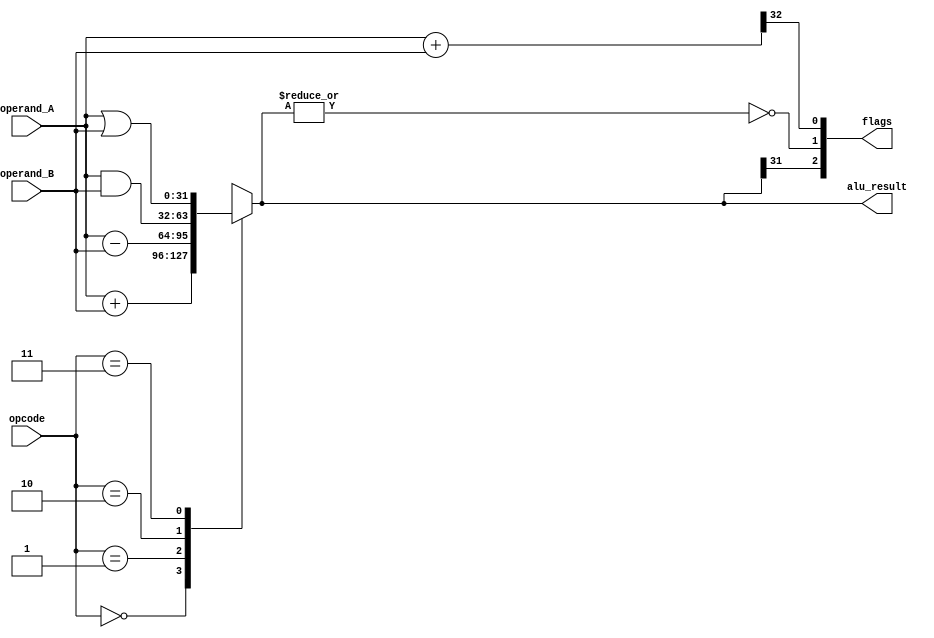

module alu #(parameter W = 32)(
	input  	   [1:0]   opcode,
	input  	   [W-1:0] operand_A,
	input  	   [W-1:0] operand_B,
	output reg [W-1:0] alu_result,
	output 	   [2:0]   flags
);

	wire N, Z, C;
	wire [W:0] carry_check;
	
	always @(*) begin
		case(opcode)
			2'b00 : alu_result = operand_A + operand_B;
			2'b01 : alu_result = operand_A - operand_B;
			2'b10 : alu_result = operand_A & operand_B;
			2'b11 : alu_result = operand_A | operand_B;
		endcase
	end
	
	assign carry_check = operand_A + operand_B;
	
	assign N = alu_result[W-1];
	assign Z = ~|alu_result;
	assign C = carry_check[W];
	
	assign flags = {N, Z, C};
	
endmodule